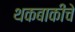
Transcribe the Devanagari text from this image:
थकबाकीचे